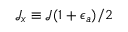
\mathcal { J } _ { x } \equiv \mathcal { J } ( 1 + \epsilon _ { a } ) / 2